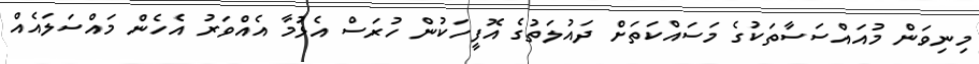
މިނިވަން މުއައްސަސާތަކުގެ މަސައްކަތަށް ދައުލަތުގެ އޮފީހަކުން ހުރަސް އެޅުމާ އެއްވަރު އެހެން މައްސަލައެއް